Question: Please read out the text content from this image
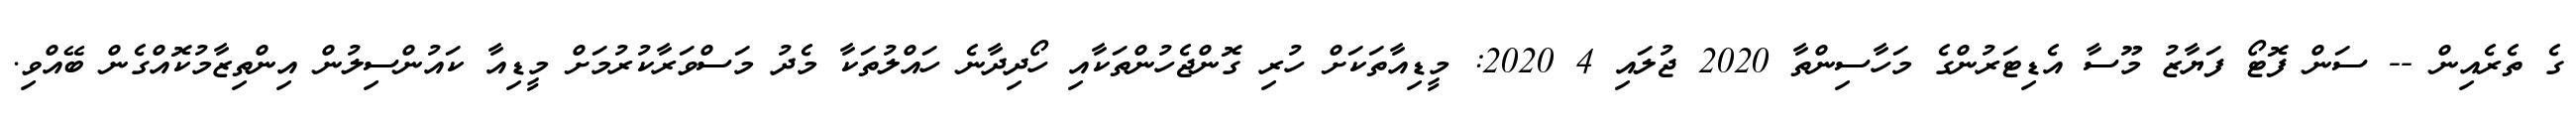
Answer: ގެ ތެރެއިން -- ސަން ފޮޓޯ ފަޔާޒު މޫސާ އެޑިޓަރުންގެ މަހާސިންތާ 2020 ޖުލައި 4 2020: މީޑިއާތަކަށް ހުރި ގޮންޖެހުންތަކާއި ހޯދިދާނެ ހައްލުތަކާ މެދު މަސްވަރާކުރުމަށް މީޑިއާ ކައުންސިލުން އިންތިޒާމުކޮއްގެން ބޭއްވި.